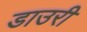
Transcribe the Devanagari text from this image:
डाउरी